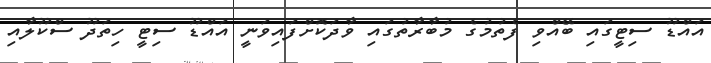
އައްޑޫ ސިޓީގައި ބޭއްވި ފެތުމުގެ މުބާރާތުގައި ވާދަކޮށްފައިވަނީ އައްޑޫ ސިޓީ ހިތަދޫ ސްކޫލާއި